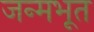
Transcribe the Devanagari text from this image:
जन्मभूत